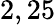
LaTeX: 2,25